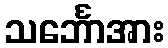
သင်္ဘောအား